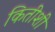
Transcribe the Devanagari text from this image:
कितीशी